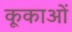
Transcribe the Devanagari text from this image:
कूकाओं